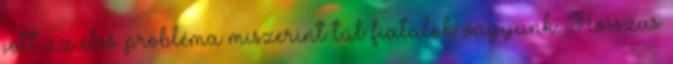
jött az első probléma miszerint túl fiatalok vagyunk. Hosszas